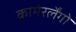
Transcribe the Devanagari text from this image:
कामेरर्लेंगो